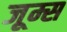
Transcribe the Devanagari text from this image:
जूम्स